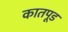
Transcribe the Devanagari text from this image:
कातपूड